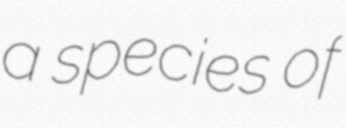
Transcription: a species of